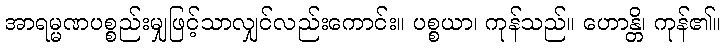
အာရမ္မဏပစ္စည်းမျှဖြင့်သာလျှင်လည်းကောင်း။ ပစ္စယာ၊ ကုန်သည်။ ဟောန္တိ၊ ကုန်၏။